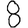
Digit: 8